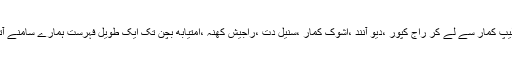
عظیم دلیپ کمار سے لے کر راج کپور ،دیو آنند ،اشوک کمار ،سنیل دت ،راجیش کھنہ ،امتیابھ بچن تک ایک طویل فہرست ہمارے سامنے آتی ہے ۔